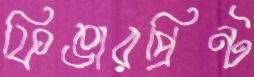
ফিঙারপ্রিন্ট